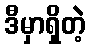
ဒီမှာရှိတဲ့